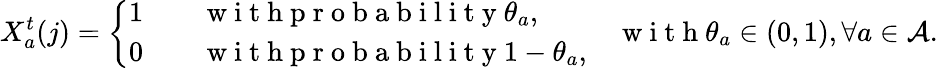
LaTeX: X_{a}^{t}(j)=\left\{ \begin{array}{ll}{1\quad}&{\mathrm{~w~i~t~h~p~r~o~b~a~b~i~l~i~t~y~}\theta_{a},}\\ {0}&{\mathrm{~w~i~t~h~p~r~o~b~a~b~i~l~i~t~y~}1-\theta_{a},}\end{array}\right.\quad\mathrm{~w~i~t~h~}\theta_{a}\in(0,1),\forall a\in\mathcal{A}.